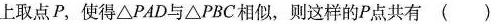
上取点P，使得△PAD与△PBC相似，则这样的P点共有( )